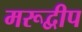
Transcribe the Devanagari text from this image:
मरूद्वीप